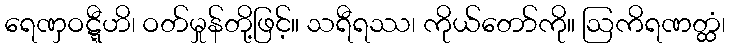
ရေဏှဝဋ္ဋီဟိ၊ ဝတ်မှုန်တို့ဖြင့်။ သရီရဿ၊ ကိုယ်တော်ကို။ ဩကိရဏတ္ထံ၊